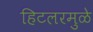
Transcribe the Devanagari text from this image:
हिटलरमुळे